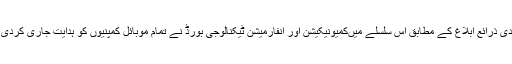
سعودی ذرائع ابلاغ کے مطابق اس سلسلے میںکمیونیکیشن اور انفارمیشن ٹیکنالوجی بورڈ نے تمام موبائل کمپنیوں کو ہدایت جاری کردی ہے۔